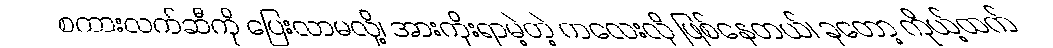
စကားလက်ဆီကို ပြေးလာမလို့၊ အားကိုးရာမဲ့တဲ့ ကလေးလို ဖြစ်နေတယ်၊ ခုတော့ ကိုယ့်ထက်